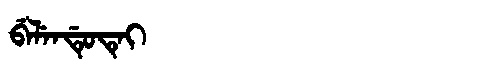
Manchu: ᠪᡝᠯᡝᠨᡩᡠᡨᡝᡳ
Romanization: BELENDUTEI